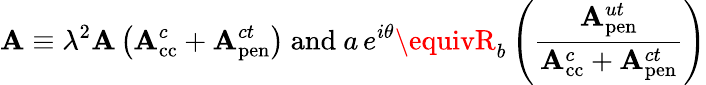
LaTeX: {\cal\mathbf{A}}\equiv\lambda^{2}\mathbf{A}\left(\mathbf{A}_{\mathrm{{cc}}}^{c}+\mathbf{A}_{\mathrm{{pen}}}^{ct}\right)~\mathrm{{and}}~a\, e^{i\theta}\equivR_{b}\left(\frac{{\mathbf{A}_{\mathrm{{pen}}}^{ut}}}{{\mathbf{A}_{\mathrm{{cc}}}^{c}+\mathbf{A}_{\mathrm{{pen}}}^{ct}}}\right)